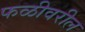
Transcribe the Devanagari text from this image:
फळीवरील